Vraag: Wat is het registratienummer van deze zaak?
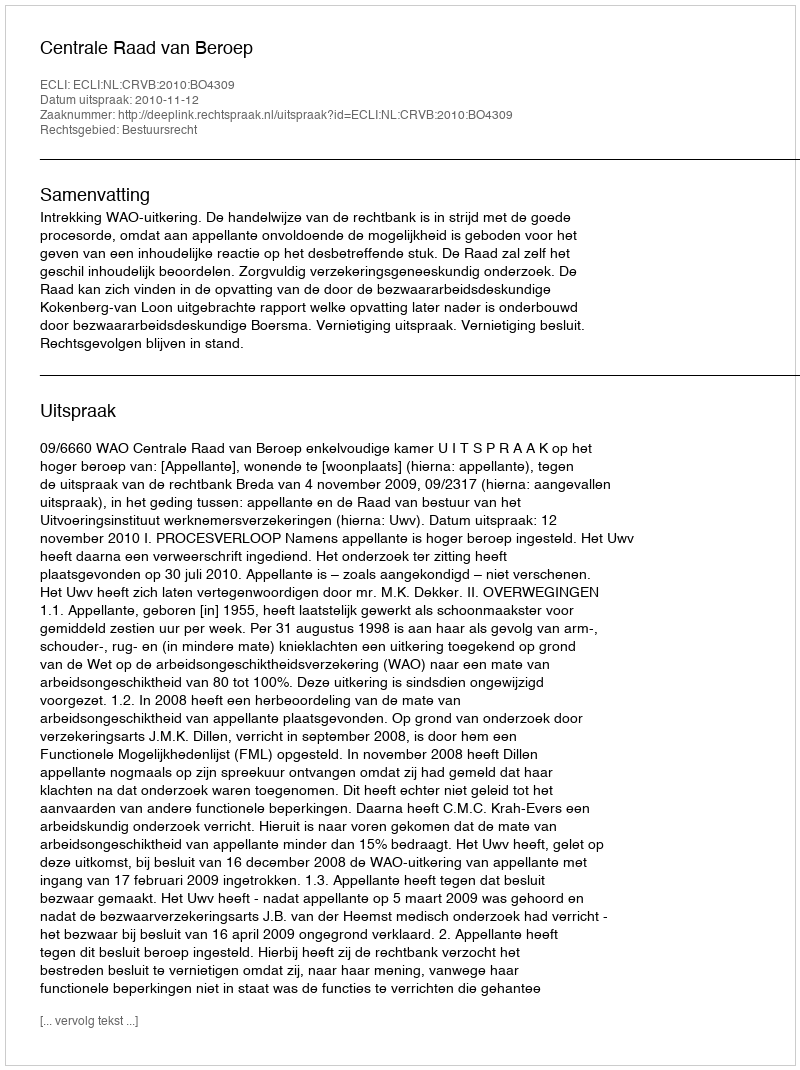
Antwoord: http://deeplink.rechtspraak.nl/uitspraak?id=ECLI:NL:CRVB:2010:BO4309